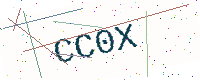
Text: CC0X